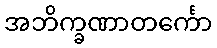
အဘိက္ခဏာတင်္ကော